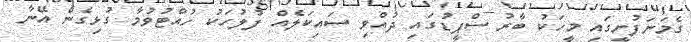
ގެމަނަފުށީގައި މީހަކު ބާރު ސްޕީޑުގައި ދުއްވި ސައިކަލެއް ފުލުހަކު ހުއްޓުވުމާ ގުޅިގެން އޭނާ